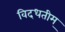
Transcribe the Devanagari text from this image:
विदधतीम्